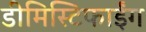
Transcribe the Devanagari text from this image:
डीमिस्टिफाईंग